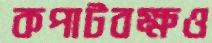
কপাটবক্ষও